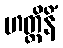
ဟတ္ထိနိံ